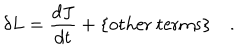
\delta L = \frac { d J } { d t } + \mathrm { \{ o t h e r ~ t e r m s \} } \quad .